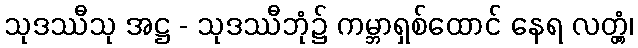
သုဒဿီသု အဋ္ဌ - သုဒဿီဘုံ၌ ကမ္ဘာရှစ်ထောင် နေရ လတ္တံ့၊